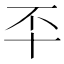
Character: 㔻